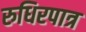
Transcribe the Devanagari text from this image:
रुधिरपात्र